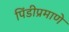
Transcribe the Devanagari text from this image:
पिंडीप्रमाणे